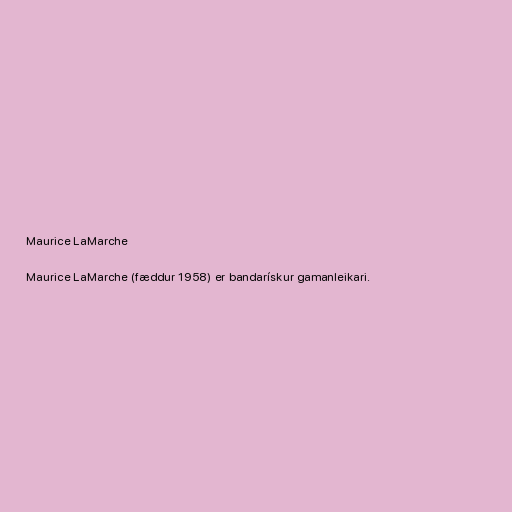
Maurice LaMarche

Maurice LaMarche (fæddur 1958) er bandarískur gamanleikari.